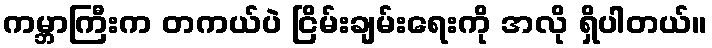
ကမ္ဘာကြီးက တကယ်ပဲ ငြိမ်းချမ်းရေးကို အလို ရှိပါတယ်။